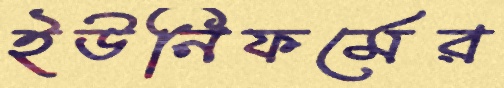
ইউনিফর্মের